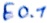
Text: E0.1